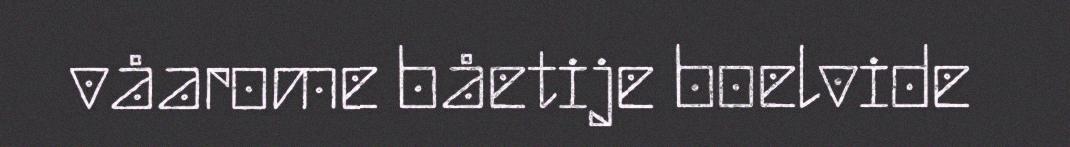
våarome båetije boelvide